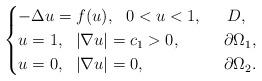
LaTeX: \begin{align*}\begin{cases}-\Delta u=f(u),\ \ 0< u<1,&\ \ D,\\ u=1,\ \ |\nabla u|=c_1>0, &\ \, \partial \Omega_1,\\ u=0,\ \ |\nabla u|=0, &\ \, \partial \Omega_2.\end{cases}\end{align*}